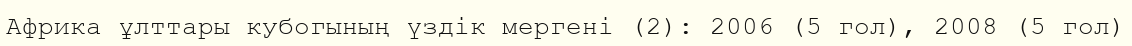
Африка ұлттары кубогының үздік мергені (2): 2006 (5 гол), 2008 (5 гол)